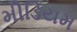
મીડિયમ